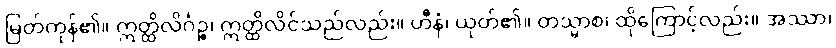
မြတ်ကုန်၏။ ဣတ္ထိလိင်္ဂဉ္စ၊ ဣတ္ထိလိင်သည်လည်း။ ဟီနံ၊ ယုတ်၏။ တသ္မာစ၊ ထိုကြောင့်လည်း။ အဿာ၊